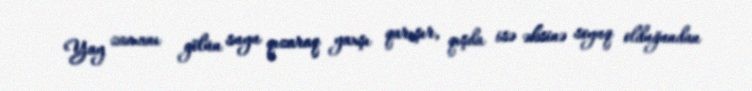
Yay zamanı gölün suyu qızaraq yaxşı qarışır, qışda isə əksinə soyuq olduğundan